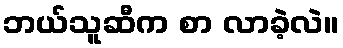
ဘယ်သူဆီက စာ လာခဲ့လဲ။